Civil Veterinary Dept. Bombay admin report 1907-1913 - 1907-1913
Year: 1907
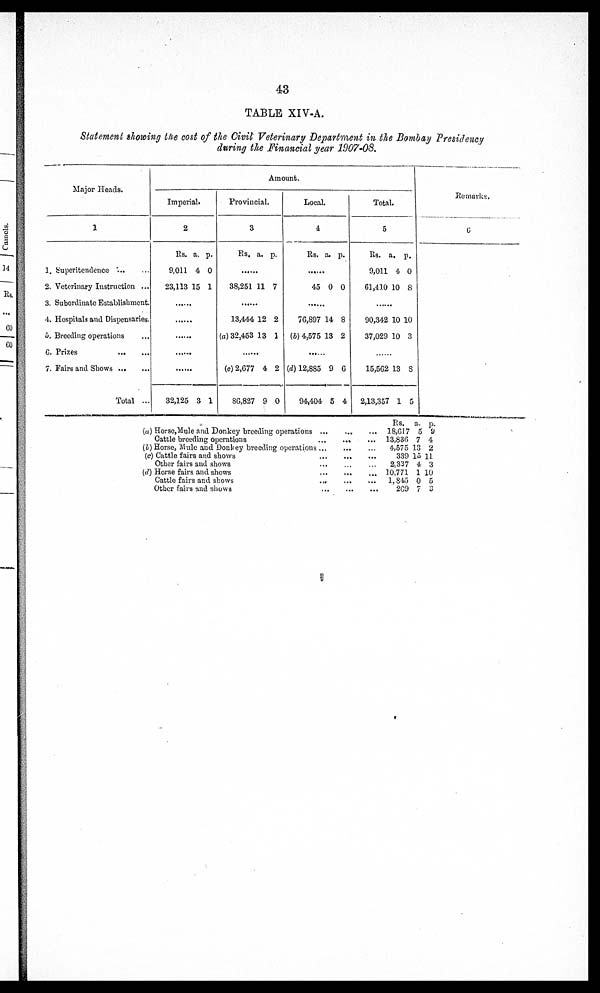
43
TABLE XIV-A.
Statement showing the cost of the Civil Veterinary Department in the Bombay Presidency
during the Financial year 1907-08.
Major Heads.
1
1. Superitendence
2. Veterinary Instruction ...
3. Subordinate Establishment
4. Hospitals and Dispensaries.
6. Breeding operations ...
G. Prizes
7. Fairs and Shows
Total ...
Imperial.
2
Rs. a. p.
9,011 4 0
23,113 15 1
......
......
......
......
......
32,125 3 1
Amount.
Provincial.
3
Rs. a. p.
......
38,251 11 7
......
13,444 12 2
(a) 32,453 13 1
......
(e)2,G77 4 2
86,827 9 0
Local
4
Rs. a. p.
......
45 0 0
76,897 14 8
(b) 4,575 13 2
......
(d) 12,885 9 6
94,404 5 4
Total.
5
Rs. a. p.
9,011 4 0
61,410 10 8
......
90,342 10 10
37,029 10 3
......
15,562 13 8
2,13,357 1 5
Remarks.
6
(a) Horse, Mule and Donkey breeding operations
Cattle breeding operations
(I) Horse, Mule and Donkey breeding operations
(c) Cattle fairs and shows
Other fairs and shows
(d) Horse fairs and shows
Cattle fairs and shows
Other fairs and shows
...
...
...
...
...
...
...
...
...
...
...
...
...
...
...
...
...
...
...
...
...
...
...
Rs. a. p.
18,617 5 9
13,830 7 4
4,575 13 2
339 15 11
2,337 4 3
10,771 1 10
1,845 0 5
269 7 3